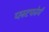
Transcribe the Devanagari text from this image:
प्लटफोर्म